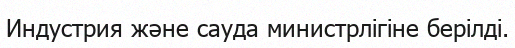
Индустрия және сауда министрлігіне берілді.